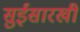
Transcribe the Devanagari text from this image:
सुईसारखी